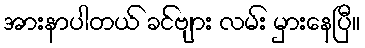
အားနာပါတယ် ခင်ဗျား လမ်း မှားနေပြီ။